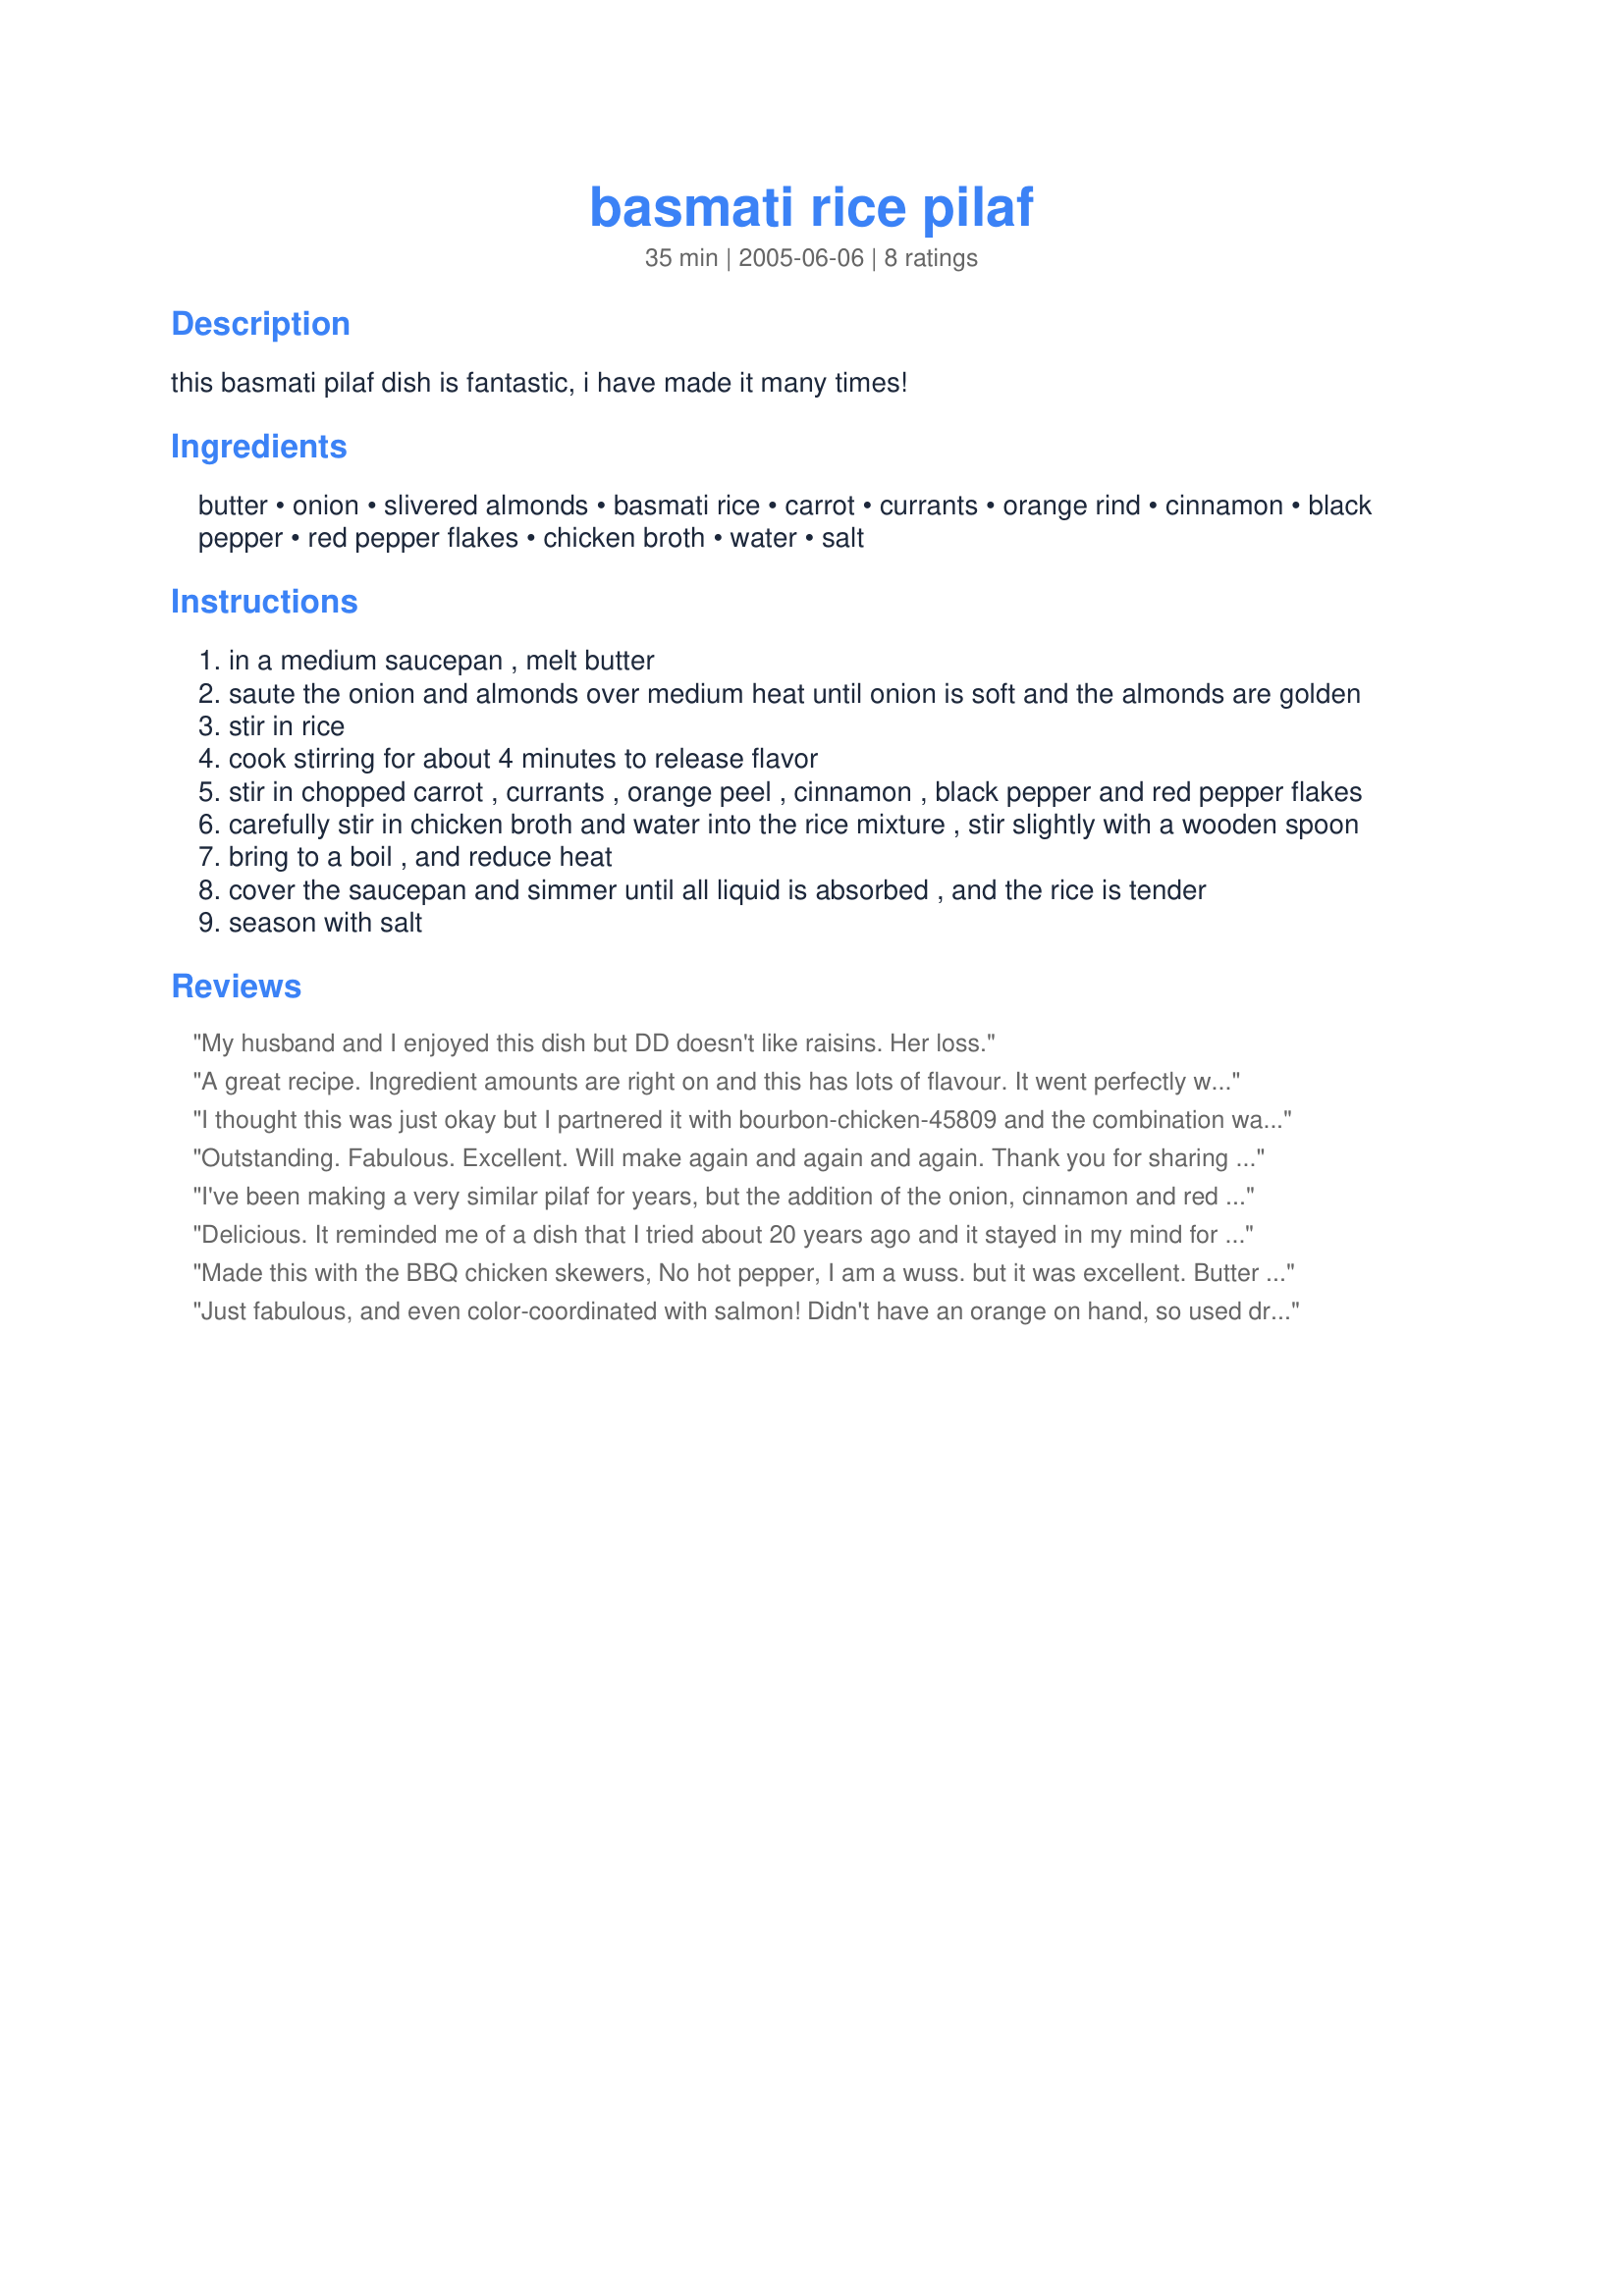
basmati rice pilaf
Preparation time: 35 minutes

this basmati pilaf dish is fantastic, i have made it many times!

Ingredients:
butter, onion, slivered almonds, basmati rice, carrot, currants, orange rind, cinnamon, black pepper, red pepper flakes, chicken broth, water, salt

Steps:
in a medium saucepan , melt butter
saute the onion and almonds over medium heat until onion is soft and the almonds are golden
stir in rice
cook stirring for about 4 minutes to release flavor
stir in chopped carrot , currants , orange peel , cinnamon , black pepper and red pepper flakes
carefully stir in chicken broth and water into the rice mixture , stir slightly with a wooden spoon
bring to a boil , and reduce heat
cover the saucepan and simmer until all liquid is absorbed , and the rice is tender
season with salt

Reviews:
My husband and I enjoyed this dish but DD doesn't like raisins. Her loss.
A great recipe. Ingredient amounts are right on and this has lots of flavour. It went perfectly with some beef and cabbage for supper. Would be a great side to just about any meat.
I thought this was just okay but I partnered it with bourbon-chicken-45809 and the combination was wonderful
Outstanding. Fabulous. Excellent. Will make again and again and again. Thank you for sharing so many wonderful dishes. Now I have to get busy and make your "fantastic pumpkin cheesecake." lolly
I've been making a very similar pilaf for years, but the addition of the onion, cinnamon and red pepper added just the right "oomph" to it. I did add the turmeric included in my other recipe because I think it adds to the appearance. Thanks!
Delicious.
It reminded me of a dish that I tried about 20 years ago and it stayed in my mind for ever, because it was so flavorful. I added 1/2 cup of shredded coconut trying to imitate "that dish". I have no doubt it would also taste wonderful with out it. I served it as a side dish for Kittencal's recipe#216171 
Thank you Kittencal for another wonderful recipe.
Made this with the BBQ chicken skewers, No hot pepper, I am a wuss. but it was excellent. Butter only, and onion and shallot.
Just fabulous, and even color-coordinated with salmon! Didn't have an orange on hand, so used dried orange peel with a few drops of orange extract, and had to substitute golden raisins for the currants. I'll happily make it again. Thank you!
